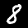
Digit: 8